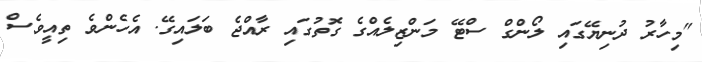
"މިހާރު ދުނިޔޭގައި ލޯންގް ސްޓޭ މަންޒިލެއްގެ ގޮތުގައި ރާއްޖެ ބަލައިގޭ. އެހެންވެ ތިއީވެސް